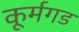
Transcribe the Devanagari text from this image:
कूर्मगड